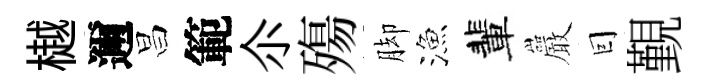
樾邇昌範尒殤脚漁輩巖囙覲